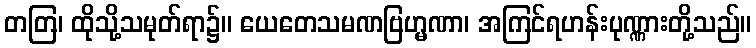
တတြ၊ ထိုသို့သမုတ်ရာ၌။ ယေတေသမဏဗြဟ္မဏာ၊ အကြင်ရဟန်းပုဏ္ဏားတို့သည်။